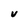
Character: V